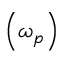
\left( \omega _ { p } \right)